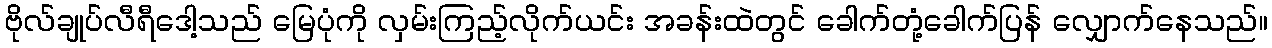
ဗိုလ်ချုပ်လီရီဒေါ့သည် မြေပုံကို လှမ်းကြည့်လိုက်ယင်း အခန်းထဲတွင် ခေါက်တုံ့ခေါက်ပြန် လျှောက်နေသည်။